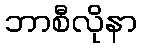
ဘာစီလိုနာ